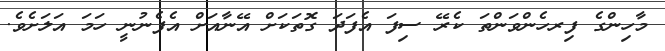
މާހިންގެ ފިރހެންވަންތަ ކެރޭ ސިފަ އެފަދަ ގޮތަކަށް އޭނާއަށް އެފެނުނީ ހަމަ އަލަށެވެ.